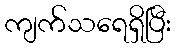
ကျက်သရေရှိပြီး